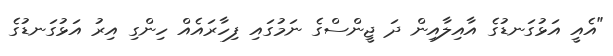
"އެއީ އަޅުގަނޑުގެ އާއިލާއިން ދަ ޖީންސްގެ ނަމުގައި ފިހާރައެއް ހިންގި އިރު އަޅުގަނޑުގެ